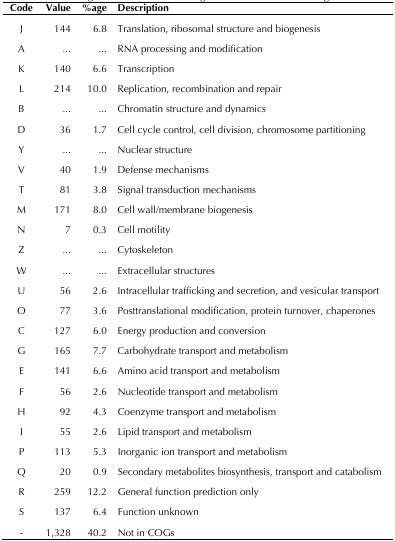
| Code | Value | %age | Description |
 | --- | --- | --- | --- |
 | J | 144 | 6.8 | Translation, ribosomal structure and biogenesis |
 | A | ... | ... | RNA processing and modification |
 | K | 140 | 6.6 | Transcription |
 | L | 214 | 10.0 | Replication, recombination and repair |
 | B | ... | ... | Chromatin structure and dynamics |
 | D | 36 | 1.7 | Cell cycle control, cell division, chromosome partitioning |
 | Y | ... | ... | Nuclear structure |
 | V | 40 | 1.9 | Defense mechanisms |
 | T | 81 | 3.8 | Signal transduction mechanisms |
 | M | 171 | 8.0 | Cell wall/membrane biogenesis |
 | N | 7 | 0.3 | Cell motility |
 | Z | ... | ... | Cytoskeleton |
 | W | ... | ... | Extracellular structures |
 | U | 56 | 2.6 | Intracellular trafficking and secretion, and vesicular transport |
 | O | 77 | 3.6 | Posttranslational modification, protein turnover, chaperones |
 | C | 127 | 6.0 | Energy production and conversion |
 | G | 165 | 7.7 | Carbohydrate transport and metabolism |
 | E | 141 | 6.6 | Amino acid transport and metabolism |
 | F | 56 | 2.6 | Nucleotide transport and metabolism |
 | H | 92 | 4.3 | Coenzyme transport and metabolism |
 | I | 55 | 2.6 | Lipid transport and metabolism |
 | P | 113 | 5.3 | Inorganic ion transport and metabolism |
 | Q | 20 | 0.9 | Secondary metabolites biosynthesis, transport and catabolism |
 | R | 259 | 12.2 | General function prediction only |
 | S | 137 | 6.4 | Function unknown |
 | - | 1,328 | 40.2 | Not in COGs |